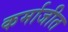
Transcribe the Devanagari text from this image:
कर्माजीत